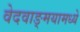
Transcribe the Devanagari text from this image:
वेदवाङ्मयामध्ये